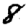
Digit: 8